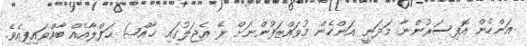
އަންހެން އޮފިސަރުންނާ މަދަނީ އަންހެން މުވައްޒަފުންނަށް ރޭ އެޖަލުގައި ޚާއްޞަ ޙަފްލާއެއް ބާއްވައިފިއެވެ.